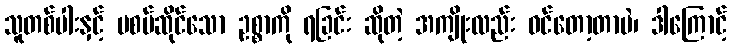
သူတစ်ပါးနှင့် မစပ်ဆိုင်သော ဥစ္စာကို ရခြင်း ဆိုတဲ့ အကျိုးလည်း ဝင်တော့တာပဲ၊ ဒါကြောင့်